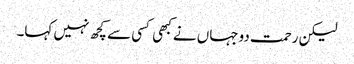
لیکن رحمت دوجہاں نے کبھی کسی سے کچھ نہیں کہا۔